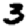
Digit: 3